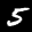
Label: 5